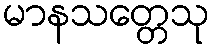
မာနသတ္တေသု